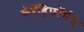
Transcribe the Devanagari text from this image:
कॅरॅड्रिफॉर्मस्